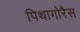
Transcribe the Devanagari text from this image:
पिथागोरैस